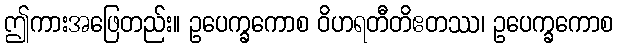
ဤကားအဖြေတည်း။ ဥပေက္ခကောစ ဝိဟရတီတိဧတဿ၊ ဥပေက္ခကောစ